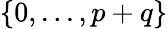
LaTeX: \{ 0,...,p+q\}